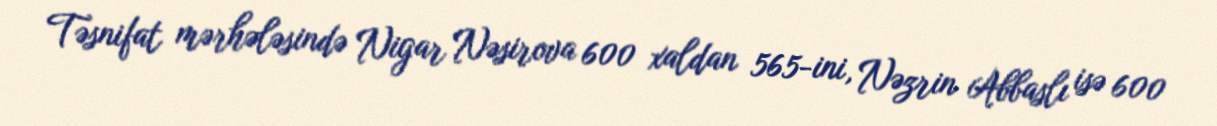
Təsnifat mərhələsində Nigar Nəsirova 600 xaldan 565-ini, Nəzrin Abbaslı isə 600